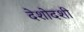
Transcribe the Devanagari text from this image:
देशोदशी